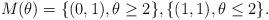
LaTeX: \begin{align*} M(\theta) = \{(0,1), \theta \geq 2\}, \{(1,1), \theta \leq 2\}.\end{align*}